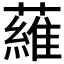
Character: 𬞼